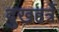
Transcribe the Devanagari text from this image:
दुखहर्त्रे